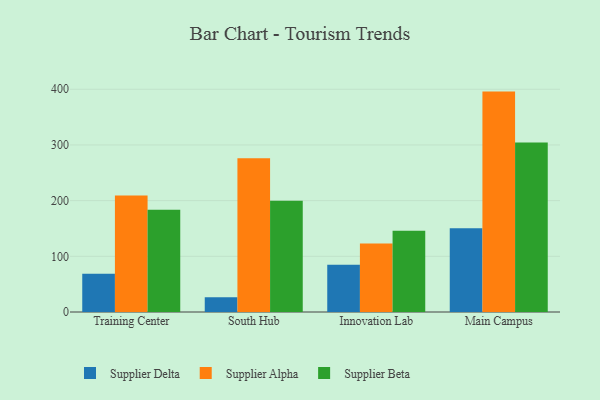
{"axis": {"x": "Campus", "y": "Active Users"}, "legend": ["Supplier Alpha", "Supplier Beta", "Supplier Delta"], "data": [{"x": "Training Center", "y": 68.6, "type": "Supplier Delta"}, {"x": "Training Center", "y": 209.3, "type": "Supplier Alpha"}, {"x": "Training Center", "y": 183.5, "type": "Supplier Beta"}, {"x": "South Hub", "y": 26.5, "type": "Supplier Delta"}, {"x": "South Hub", "y": 276.0, "type": "Supplier Alpha"}, {"x": "South Hub", "y": 199.6, "type": "Supplier Beta"}, {"x": "Innovation Lab", "y": 84.8, "type": "Supplier Delta"}, {"x": "Innovation Lab", "y": 122.8, "type": "Supplier Alpha"}, {"x": "Innovation Lab", "y": 145.8, "type": "Supplier Beta"}, {"x": "Main Campus", "y": 150.4, "type": "Supplier Delta"}, {"x": "Main Campus", "y": 395.8, "type": "Supplier Alpha"}, {"x": "Main Campus", "y": 304.2, "type": "Supplier Beta"}]}